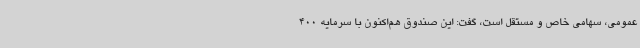
عمومی، سهامی خاص و مستقل است، گفت: این صندوق هم‌اکنون با سرمایه 400